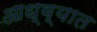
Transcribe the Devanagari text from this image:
आध्व्यात